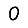
Digit: 0